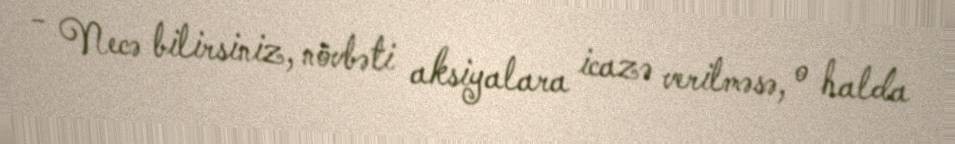
- Necə bilirsiniz, növbəti aksiyalara icazə verilməsə, o halda